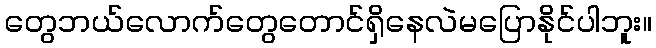
တွေဘယ်လောက်တွေတောင်ရှိနေလဲမပြောနိုင်ပါဘူး။